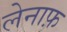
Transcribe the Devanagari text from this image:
लेनाफ़